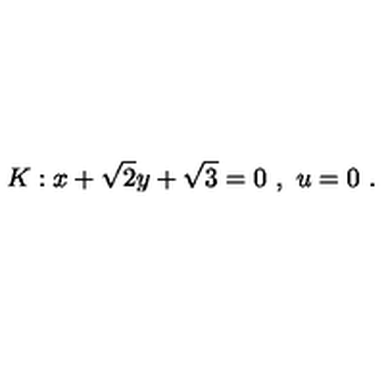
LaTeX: K : x + \sqrt { 2 } y + \sqrt { 3 } = 0 \ , \ u = 0 \ .